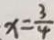
x = \frac { 3 } { 4 }